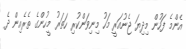
އެންމެ ފަހުން މިދިޔަ ޖެނުއަރީ މަހު މިނިވަންކުރި ހަތަރު މީހުންގެ ތެރެއިން ދެ